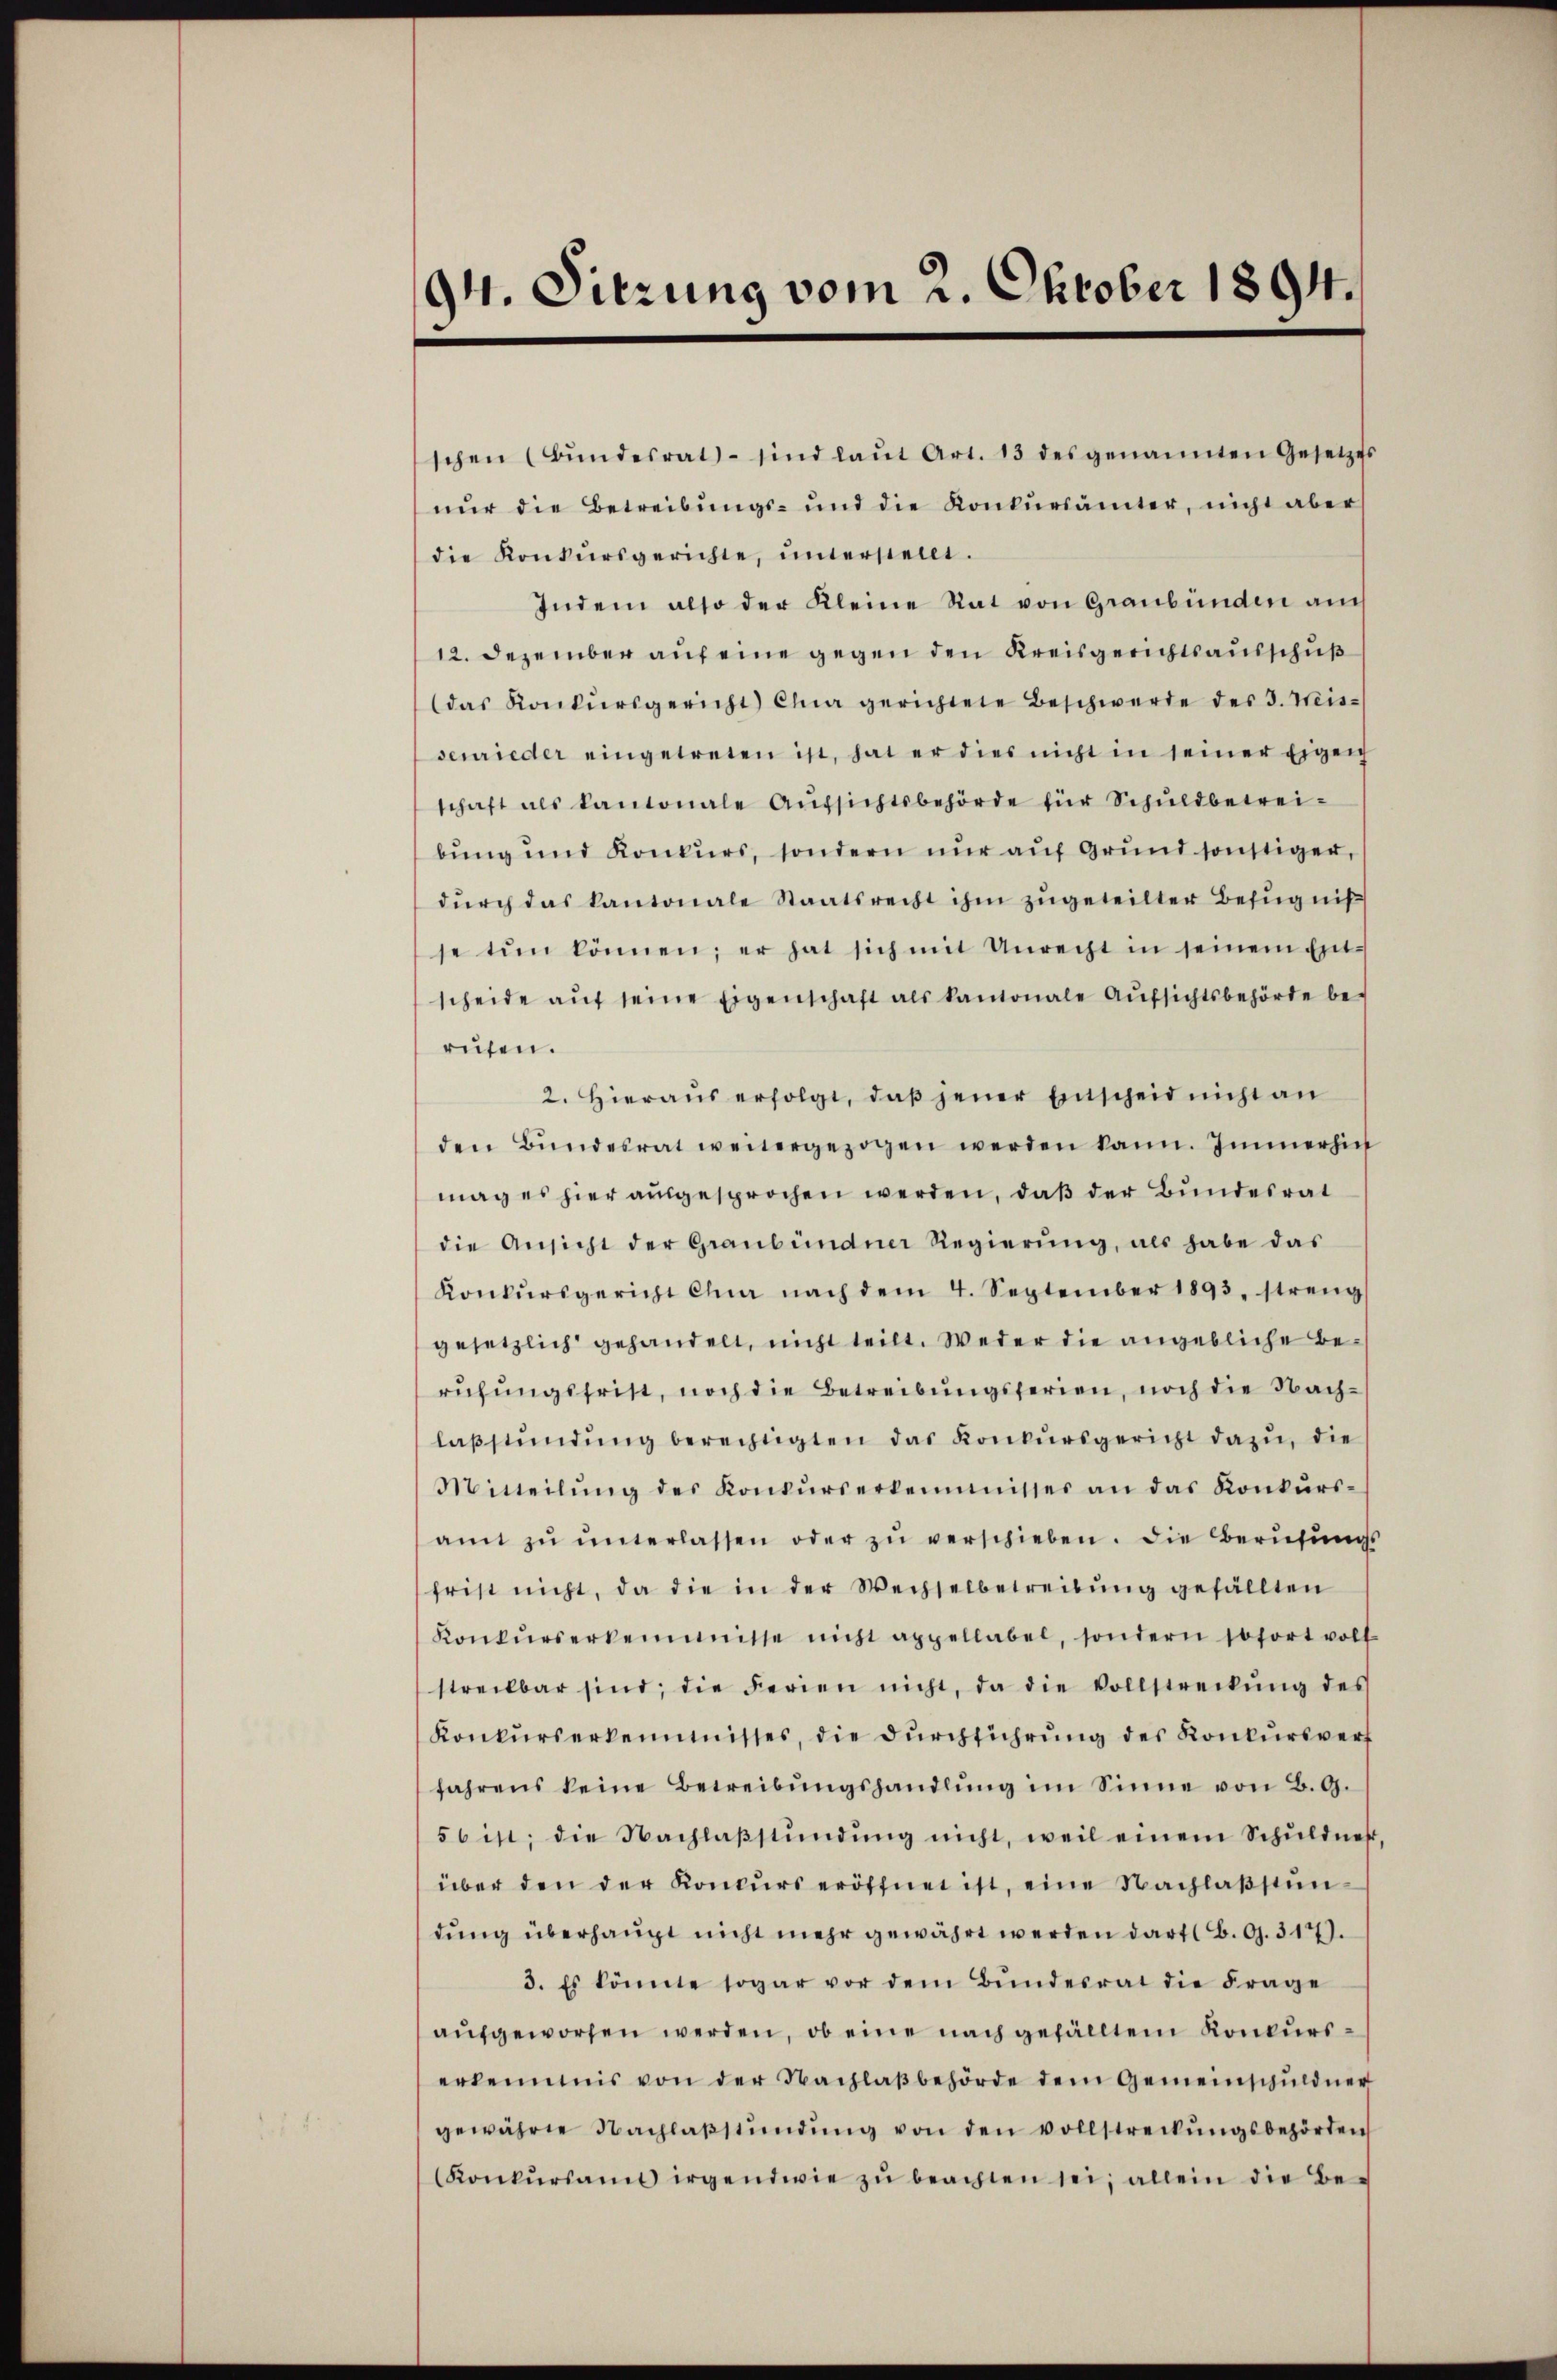
94. Sitzung vom 2. Oktober 1894.

schen Bŭndesrat sind laŭt Art. 13 des genannten Gesetzes
nŭr die Betreibŭngs- und die Konkŭrsämter, nicht aber
die Konkŭrsgerichte, ŭnterstellt.
Indem also der Kleine Rat von Graubünden auch
12. Dezember auf eine gegen den Kreisgerichtsausschuß
das Konkŭrsgericht Char gerichtete Beschwerde des J. Weis-
senrieder eingetreten ist, hat er dies nicht in seiner Eigen
schaft als kantonale Aufsichtsbehörde für Schuldbetreibung und Konkurs, sondern nur auf Grund sonstiger,
dŭrch das kantonale Staatsrecht ihm zugeteilter Befugniß
se tun können; er hat sich mit Unrecht in seinem Einscheide aŭf seine Eigenschaft als kantonale Aufsichtsbehörde be-
rufen.
2. Hieraŭs erfolgt, daβ jener Einscheid nicht an
den Bŭndesrat weitergezogen werden kann. Immerhin
mag es hier ausgesprochen werden, daß der Bundesrat
die Ansicht der Graubündner Regierŭng, als habe das
Konkursgericht Chna nach dem 4. September 1893, streng
gesetzlich gehandelt, nicht teilt. Weder die angebliche Beruhungsfrist, noch die Betreibungsferien, noch die Nachlaβstündŭng berechtigten das Konkŭrsgericht dazu, die
Mitteilŭng des Konkŭrserkeimnisser an das Konkŭrs-
amt zŭ ŭnterlassen oder zŭ verschieben. Die Berufungs-
frist nicht, da die in der Wechselbetreibŭng gefällten
Konkŭrserkemmnisse nicht appellabel, sondern sofort voll
streitbar sind, die Ferien nicht, da die Vollstreckŭng des
Konkurserkeimisses, die durchführung des Konkursverf
fahrens keine Betreibŭngshandlŭng im Sinne von B. G.
56 ist; die Nachlaβstündŭng nicht, weil einem Schuldner,
über den der Koncurs eröffnet ist, eine Nachlastundung überhaupt nicht mehr gewährt werden darf B. G. 317.
3. Es könnte sogar vor dem Bŭndesrat die Frage
aŭfgeworfen werden, ob eine nach gefälltem Konkurserkennnis von der Nachlaßbehörde dem Gemeinschuldner
gewähre Nachlaβstŭndŭng von den vollstreckŭngsbehörden
Konkŭrsams irgendwie zŭ beachten sei; allein die Be-